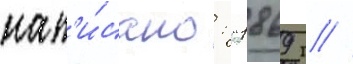
нап'и́сано: "1869 г //